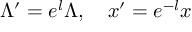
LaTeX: \Lambda ^ { \prime } = e ^ { l } \Lambda , \quad x ^ { \prime } = e ^ { - l } x